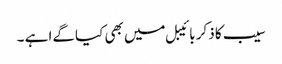
سیب کا ذکر بائیبل میں بھی کیا گےا ہے ۔